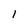
Character: 1